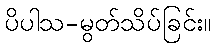
ပိပါသ-မွတ်သိပ်ခြင်း။